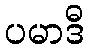
ပမာဒီ